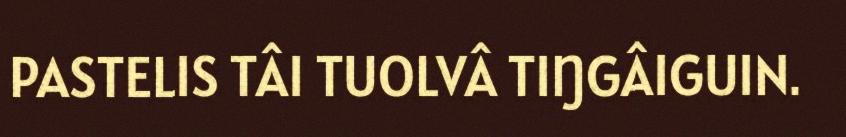
PASTELIS TÂI TUOLVÂ TIŊGÂIGUIN.